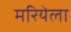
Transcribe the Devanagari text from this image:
मरियेला